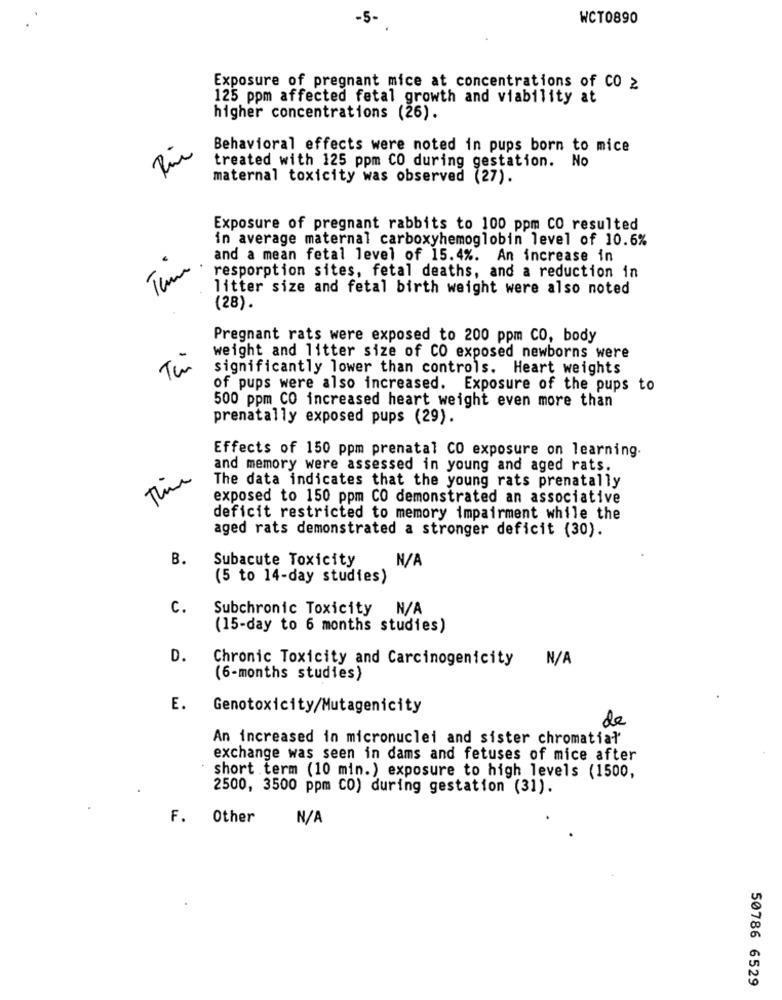
-5-
WCT0890
Exposure of pregnant mice at concentrations of CO ≥
125 ppm affected fetal growth and viability at
higher concentrations (26).
Rin
Behavioral effects were noted in pups born to mice
treated with 125 ppm CO during gestation. No
maternal toxicity was observed (27).
Exposure of pregnant rabbits to 100 ppm CO resulted
in average maternal carboxyhemoglobin level of 10.6%
and a mean fetal level of 15.4%. An increase in
Tam
resporption sites, fetal deaths, and a reduction in
litter size and fetal birth weight were also noted
(28).
Pregnant rats were exposed to 200 ppm CO, body
Ti
weight and litter size of CO exposed newborns were
significantly lower than controls. Heart weights
of pups were also increased. Exposure of the pups to
500 ppm CO increased heart weight even more than
prenatally exposed pups (29).
Effects of 150 ppm prenatal CO exposure on learning.
and memory were assessed in young and aged rats.
The data indicates that the young rats prenatally
exposed to 150 ppm CO demonstrated an associative
deficit restricted to memory impairment while the
aged rats demonstrated a stronger deficit (30).
B.
Subacute Toxicity
(5 to 14-day studies)
c.
Subchronic Toxicity
(15-day to 6 months studies)
D.
Chronic Toxicity and Carcinogenicity
(6-months studies)
E. Genotoxicity/Mutagenicity
de
An increased in micronuclei and sister chromatial'
exchange was seen in dams and fetuses of mice after
short term (10 min.) exposure to high levels (1500,
2500, 3500 ppm CO) during gestation (31).
F. Other
50786 6529